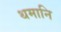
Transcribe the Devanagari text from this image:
थमानि